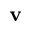
\bf { v }